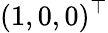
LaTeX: (1,0,0)^{\top}